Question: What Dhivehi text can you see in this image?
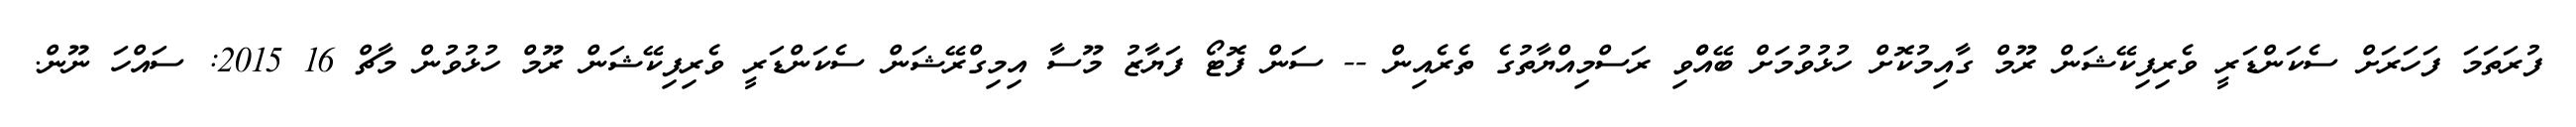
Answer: ފުރަތަމަ ފަހަރަށް ސެކަންޑަރީ ވެރިފިކޭޝަން ރޫމް ގާއިމުކޮށް ހުޅުވުމަށް ބޭއްްވި ރަސްމިއްޔާތުގެ ތެރެއިން -- ސަން ފޮޓޯ ފަޔާޒު މޫސާ އިމިގްރޭޝަން ސެކަންޑަރީ ވެރިފިކޭޝަން ރޫމް ހުޅުވުން މާޗް 16 2015: ސައްހަ ނޫން.